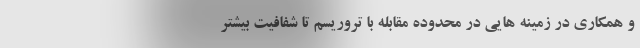
و همکاری در زمینه هایی در محدوده مقابله با تروریسم تا شفافیت بیشتر